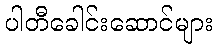
ပါတီခေါင်းဆောင်များ